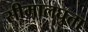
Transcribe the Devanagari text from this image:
सीमालघुता